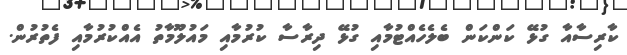
ކާރިސާއާ ގުޅޭ ކަންކަން ބެލެހެއްޓުމާއި ގުޅޭ ދިރާސާ ކުރުމާއި މައުލޫމާތު އެއްކުރުމާއި ފެތުރުން.